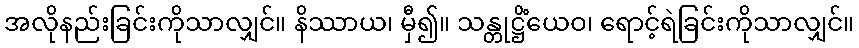
အလိုနည်းခြင်းကိုသာလျှင်။ နိဿာယ၊ မှီ၍။ သန္တုဋ္ဌိံယေဝ၊ ရောင့်ရဲခြင်းကိုသာလျှင်။